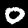
Digit: 0